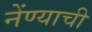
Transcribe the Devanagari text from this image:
नेंण्याची